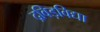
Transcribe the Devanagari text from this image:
द्रविड़विद्या